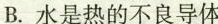
B.水是热的不良导体